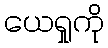
ယေရှုကို